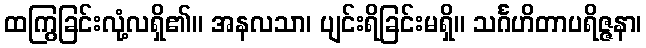
ထကြွခြင်းလုံ့လရှိ၏။ အနလသာ၊ ပျင်းရိခြင်းမရှိ။ သင်္ဂဟိတာပရိဇ္ဇနာ၊